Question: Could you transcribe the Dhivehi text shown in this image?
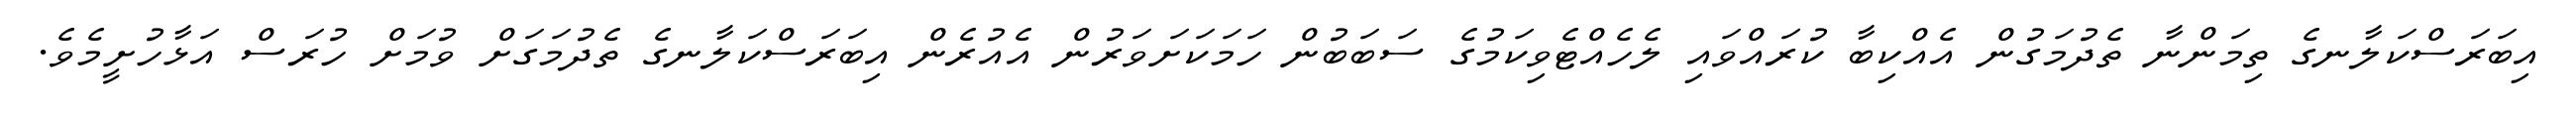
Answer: އިބަރަސްކަލާނގެ ތިމަންނާ ތެދުމަގުން އެއްކިބާ ކުރައްވައި ލެހެއްޓެވިކަމުގެ ސަބަބުން ހަމަކަށަވަރުން އެއުރެން އިބަރަސްކަލާނގެ ތެދުމަގަށް ވުމަށް ހުރަސް އަޅާހުށީމެވެ.